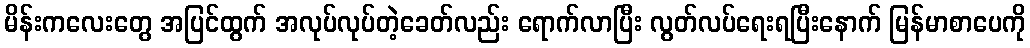
မိန်းကလေးတွေ အပြင်ထွက် အလုပ်လုပ်တဲ့ခေတ်လည်း ရောက်လာပြီး လွတ်လပ်ရေးရပြီးနောက် မြန်မာစာပေကို